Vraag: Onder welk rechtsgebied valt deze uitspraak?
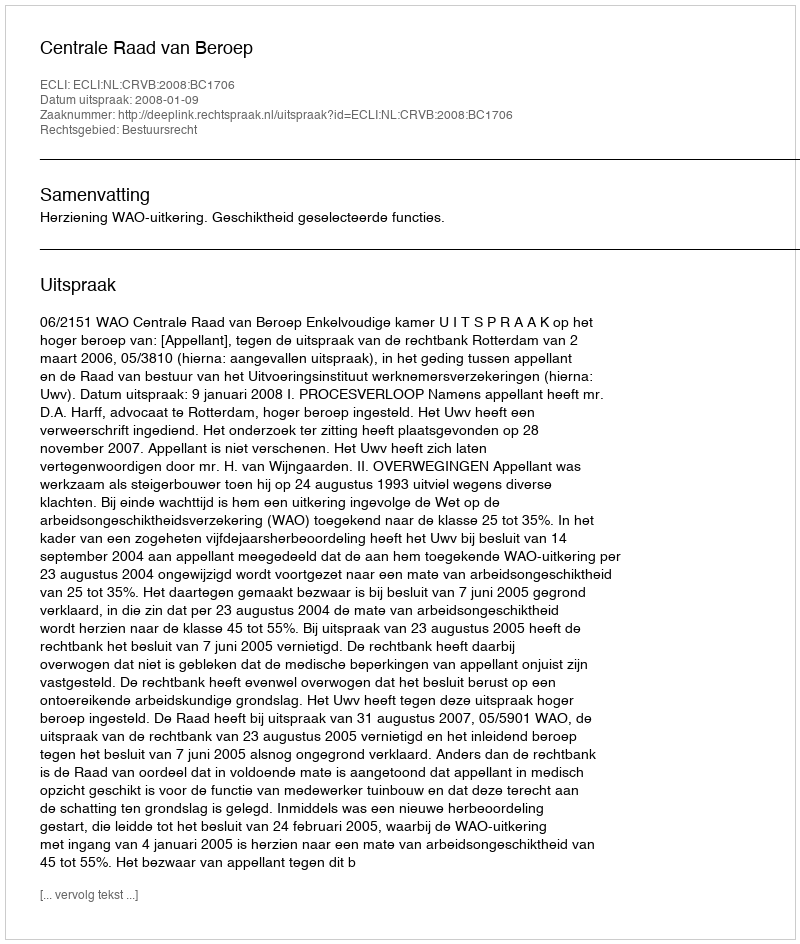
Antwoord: Bestuursrecht